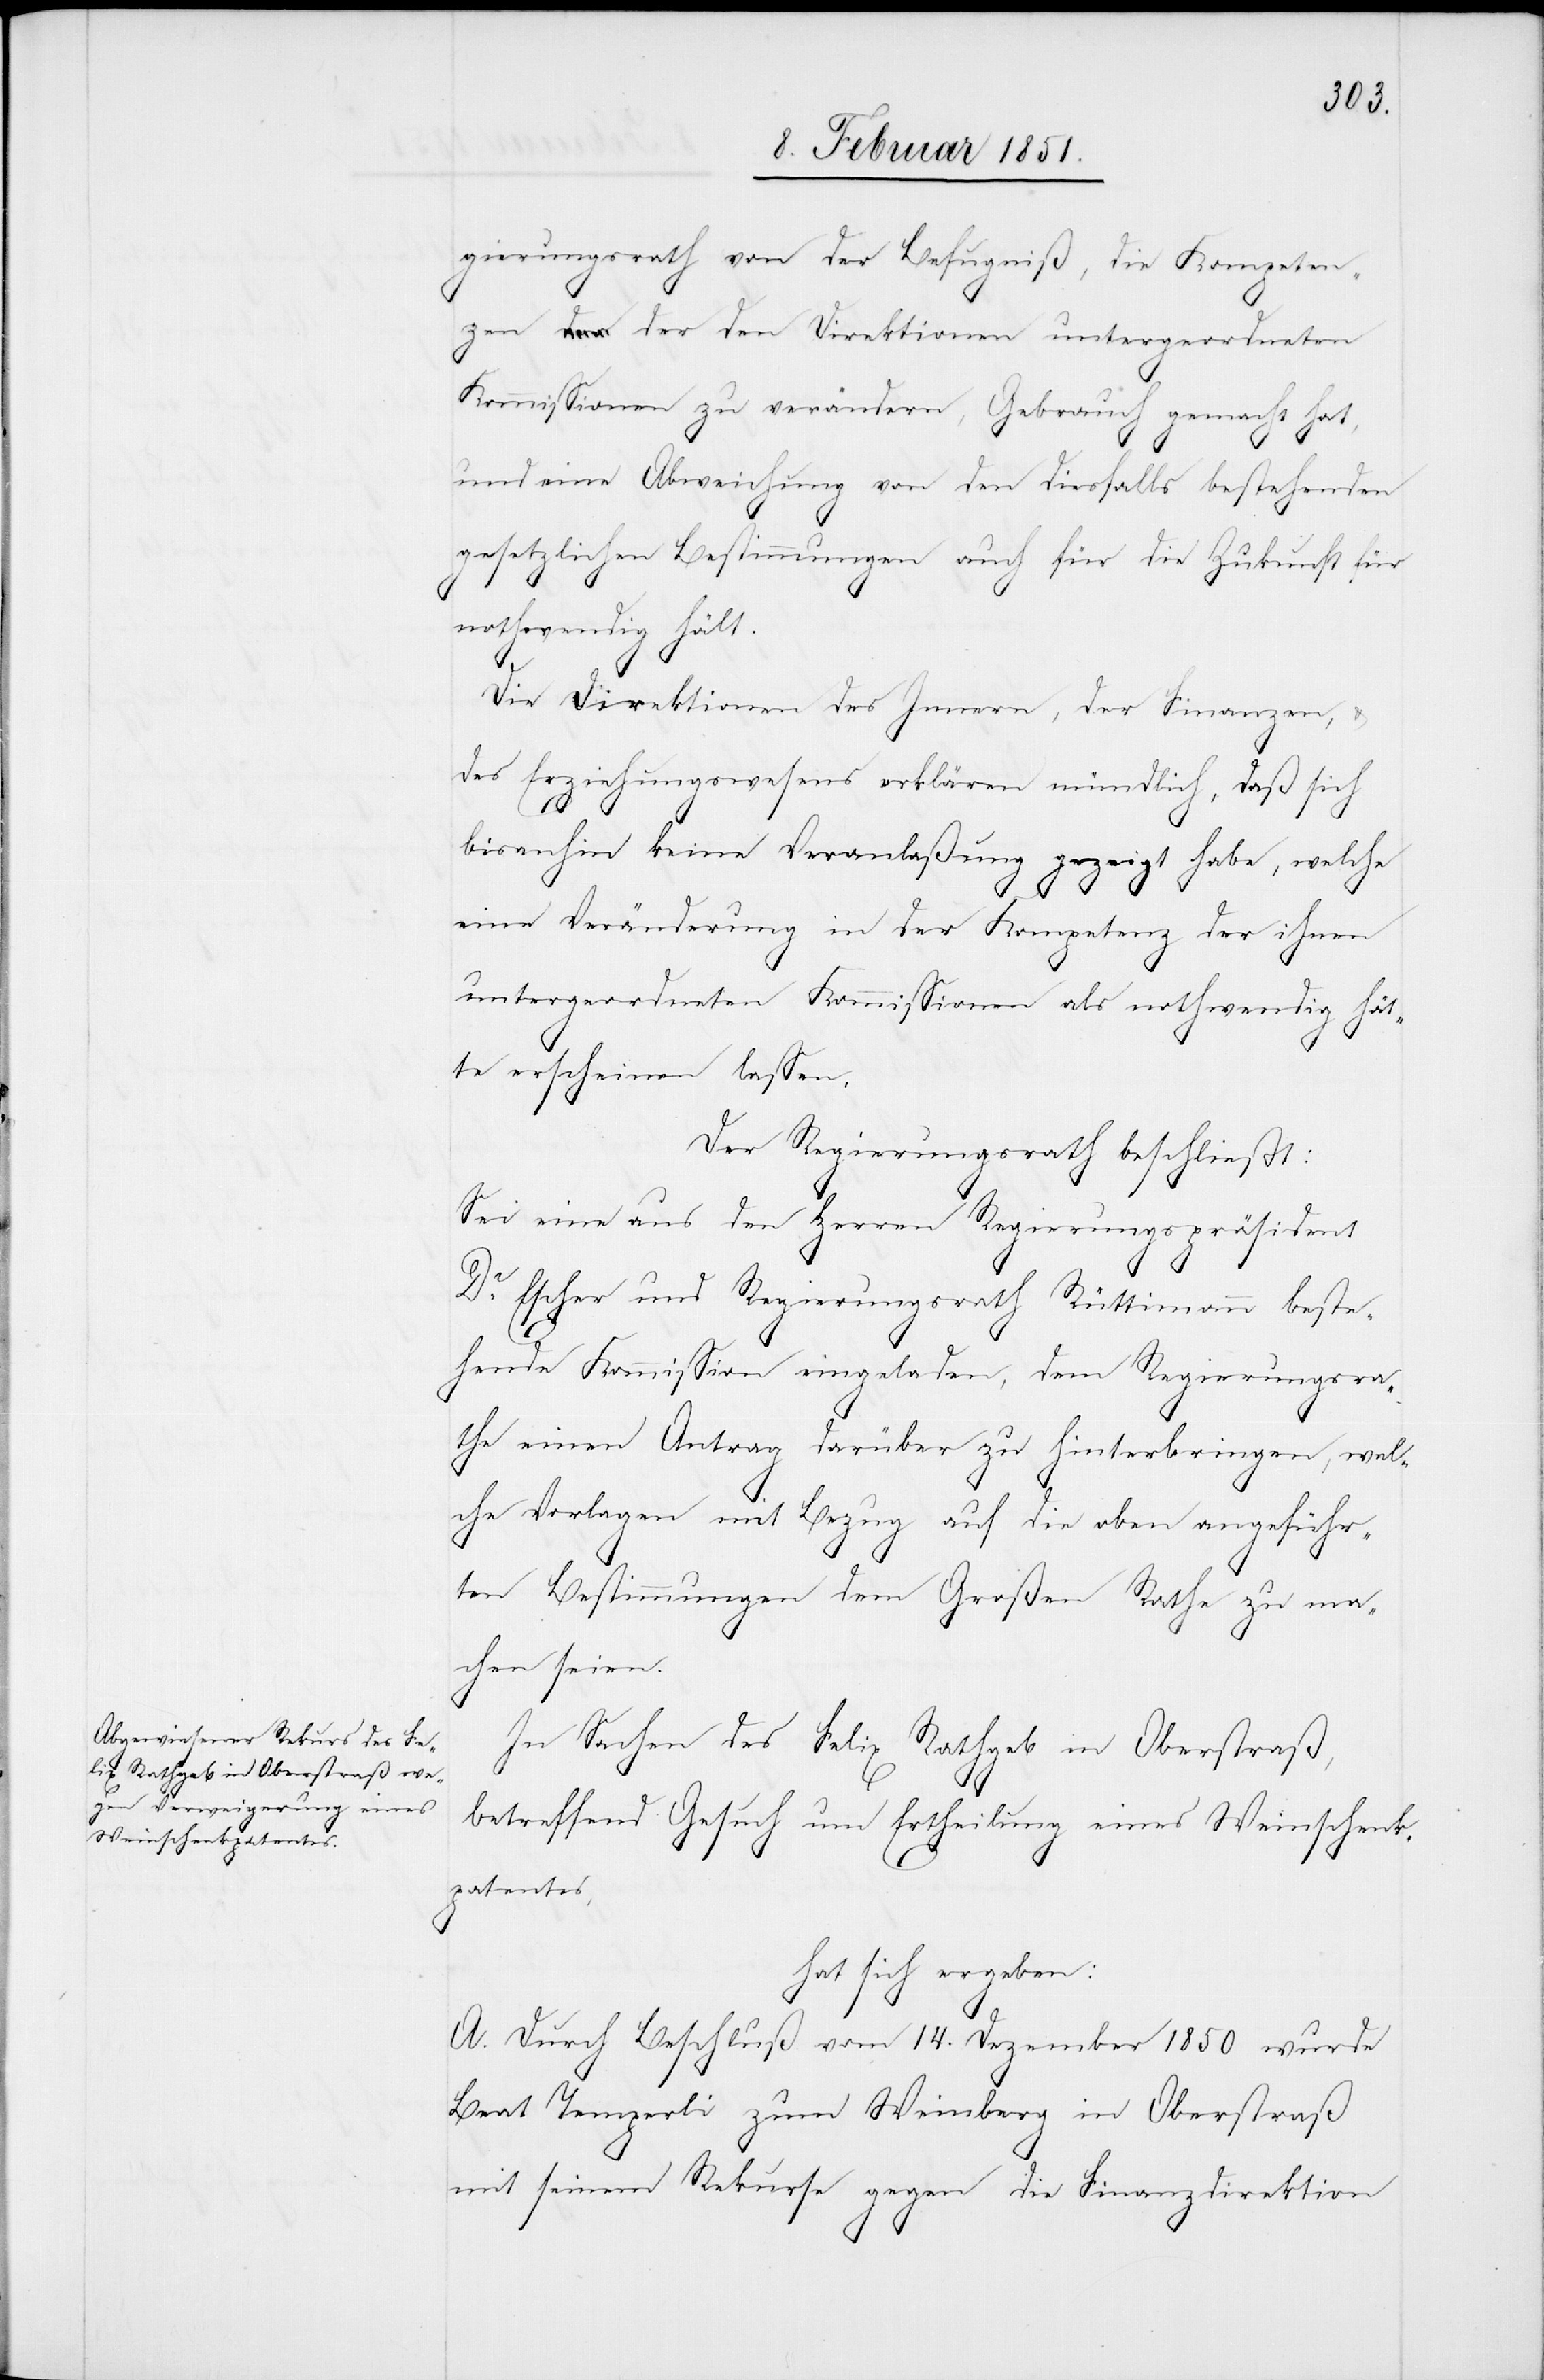
gierungsrath von der Befugniß, die Kompeten¬
zen der den Direktionen untergeordneten
Kommissionen zu verändern, Gebrauch gemacht hat,
und eine Abweichung von den diesfalls bestehenden
gesetzlichen Bestimmungen auch für die Zukunft für
nothwendig hält.
Die Direktionen des Innern, der Finanzen, &
des Erziehungswesens erklären mündlich, daß sich
bisanhin keine Veranlaßung gezeigt habe, welche
eine Veränderung in der Kompetenz der ihnen
untergeordneten Kommissionen als nothwendig hät¬
te erscheinen lassen.
Der Regierungsrath beschließt:
Sei eine aus den Herren Regierungspräsident
Dr. Escher und Regierungsrath Rüttimann beste¬
hende Kommission eingeladen, dem Regierungsra¬
the einen Antrag darüber zu hinterbringen, wel¬
che Vorlagen mit Bezug auf die oben angeführ¬
ten Bestimmungen dem Großen Rathe zu ma¬
chen seien.
In Sachen des Felix Rathgeb in Oberstraß,
betreffend Gesuch um Ertheilung eines Weinschenk¬
patentes,
hat sich ergeben:
A. Durch Beschluß vom 14. Dezember 1850 wurde
Beat Temperli zum Weinberg in Oberstraß
mit seinem Rekurse gegen die Finanzdirektion